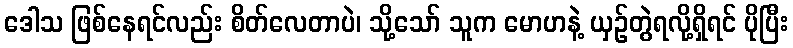
ဒေါသ ဖြစ်နေရင်လည်း စိတ်လေတာပဲ၊ သို့သော် သူက မောဟနဲ့ ယှဉ်တွဲရလို့ရှိရင် ပိုပြီး